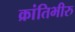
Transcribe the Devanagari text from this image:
क्रांतिभीरु